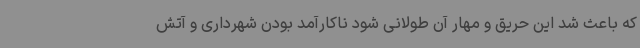
که باعث شد این حریق و مهار آن طولانی شود ناکارآمد بودن شهرداری و آتش